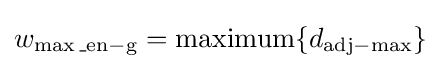
w_{\max {\rm {\_en-g}}}=\operatorname {maximum} \{d_{\mathrm {adj} -\max }\}